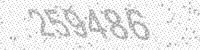
Solution: 259486